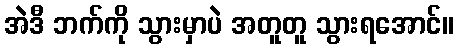
အဲဒီ ဘက်ကို သွားမှာပဲ အတူတူ သွားရအောင်။